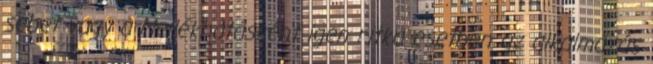
sebet vagy a Mellékhatásként igen ritka esetben az alkalmazás